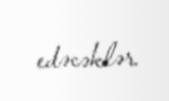
edəcəklər.